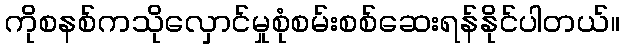
ကိုစနစ်ကသိုလှောင်မှုစုံစမ်းစစ်ဆေးရန်နိုင်ပါတယ်။